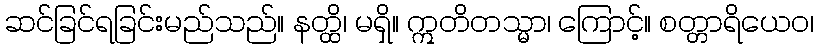
ဆင်ခြင်ရခြင်းမည်သည်။ နတ္ထိ၊ မရှိ။ ဣတိတသ္မာ၊ ကြောင့်။ စတ္တာရိယေဝ၊